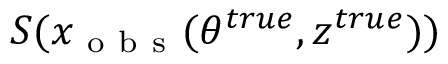
S ( x _ { \mathrm { ~ o ~ b ~ s ~ } } ( \theta ^ { t r u e } , z ^ { t r u e } ) )